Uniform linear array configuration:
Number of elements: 32
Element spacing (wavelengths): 1
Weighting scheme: blackman
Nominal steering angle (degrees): -30
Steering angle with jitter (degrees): -28.045
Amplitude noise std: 0.05
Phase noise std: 0.05

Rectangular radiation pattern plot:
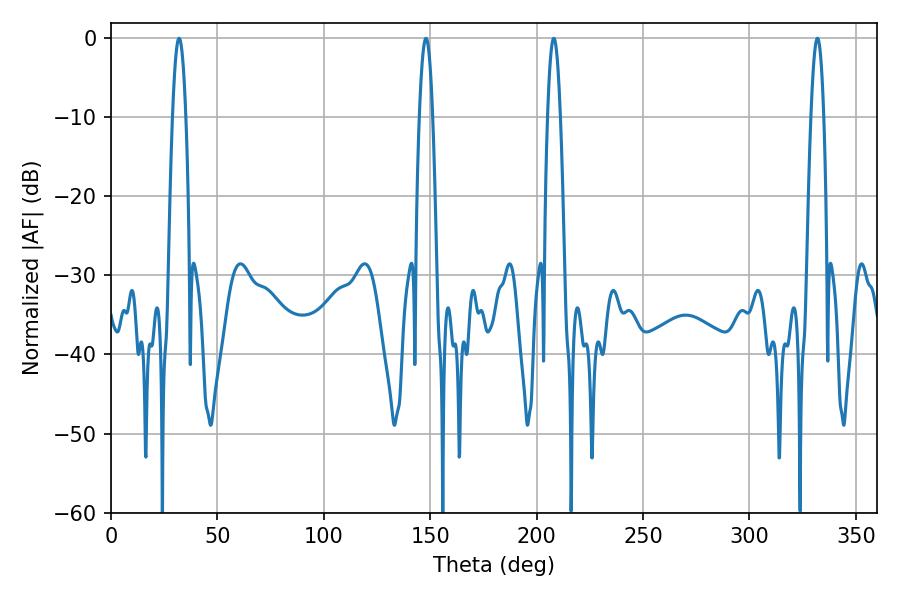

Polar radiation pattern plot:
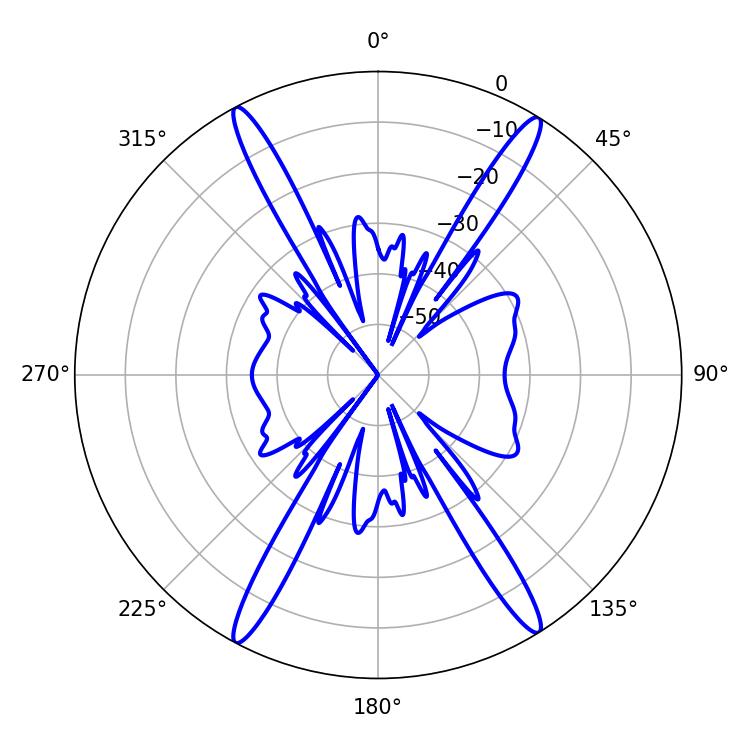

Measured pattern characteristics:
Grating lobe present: TRUE
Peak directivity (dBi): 22.789
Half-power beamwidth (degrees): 3.24
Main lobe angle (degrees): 208.08